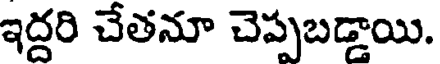
ఇద్దరి చేతనూ చెప్పబడ్డాయి.